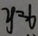
y = 6